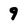
Character: 9